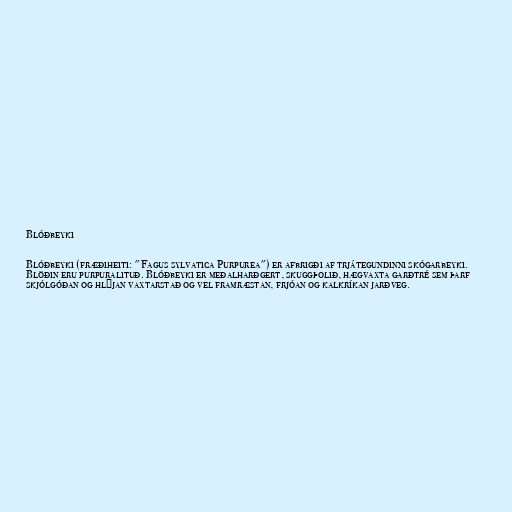
Blóðbeyki

Blóðbeyki (fræðiheiti: "Fagus sylvatica Purpurea") er afbrigði af trjátegundinni skógarbeyki.
Blöðin eru purpuralituð. Blóðbeyki er meðalharðgert, skuggþolið, hægvaxta garðtré sem þarf
skjólgóðan og hlýjan vaxtarstað og vel framræstan, frjóan og kalkríkan jarðveg.